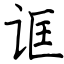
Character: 诓